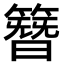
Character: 簪